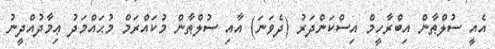
އެއީ ސުލްޠާން އިބްރާހީމް އިސްކަންދަރު (ދެވަނަ) އާއި ސުލްޠާން މުކައްރަމް މުޙައްމަދު ޢިމާދުއްދީނު